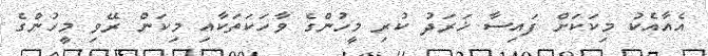
އެއާއެކު މިކަކަށް ފައިސާ ޚަރަދު ކުރި މީހުންގެ ވާހަކަތަކާއި މިކަން ރޭވި މީހުންގެ